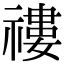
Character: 䄛